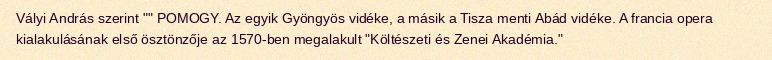
Vályi András szerint "" POMOGY. Az egyik Gyöngyös vidéke, a másik a Tisza menti Abád vidéke. A francia opera kialakulásának első ösztönzője az 1570-ben megalakult "Költészeti és Zenei Akadémia."